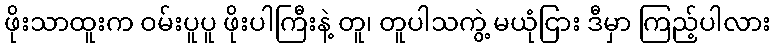
ဖိုးသာထူးက ဝမ်းပူပူ ဖိုးပါကြီးနဲ့ တူ၊ တူပါသကွဲ့ မယုံငြား ဒီမှာ ကြည့်ပါလား